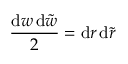
\frac { \mathrm { d } w \, \mathrm { d } \tilde { w } } { 2 } = \mathrm { d } r \, \mathrm { d } \tilde { r }